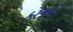
ફરજનો